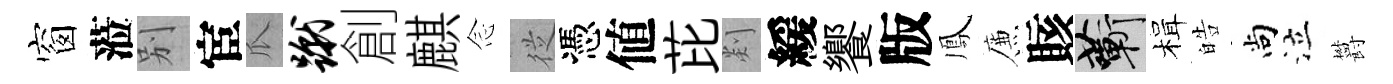
窗蒞别宦瓜蹴創麒𫝹従憑値芘剡緩饗版鳳簾賅蔪楫皓尚泣欝